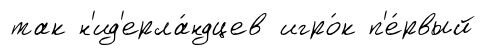
так н'ид'ерла́ндцев игро́к п'е́рвый